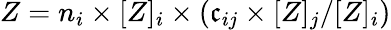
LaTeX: Z=n_{i}\times[Z]_{i}\times(\mathfrak{c}_{ij}\times[Z]_{j}/[Z]_{i})